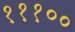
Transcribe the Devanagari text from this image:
१११००